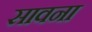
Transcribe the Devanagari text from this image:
सावना